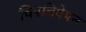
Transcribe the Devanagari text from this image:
चिपचिपेपन